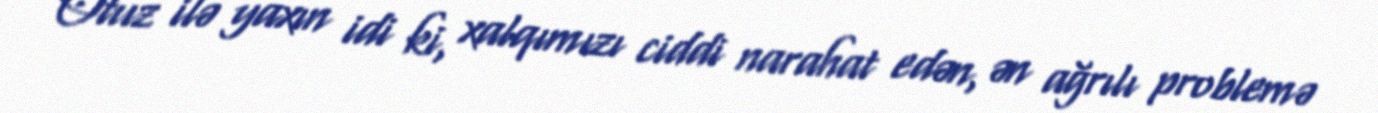
Otuz ilə yaxın idi ki, xalqımızı ciddi narahat edən, ən ağrılı problemə